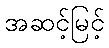
အဆင့်မြင့်